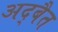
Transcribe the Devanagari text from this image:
अद्बैत